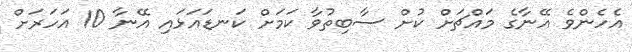
އެހެންވެ އޭނާގެ މައްޗަށް ކުށް ސާބިތުވާ ކަމަށް ކަނޑައަޅައި އޭނާ 10 އަހަރަށް